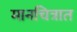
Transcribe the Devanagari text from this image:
मानचित्रात